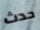
حدث